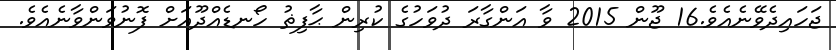
ޖަހައިދެވޭނެއެވެ.16 ޖޫން 2015 ވާ އަންގާރަ ދުވަހުގެ ކުރިން ޙާފިޡު ހޯނޑެއްދޫއަށް ފޮނުވަންވާނެއެވެ.